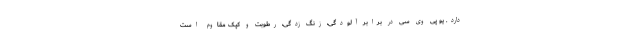
دارد. یو پی وی سی در برابر آلودگی، زنگ زدگی، رطوبت و کپک مقاوم است